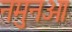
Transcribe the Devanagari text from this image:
नमुनओ